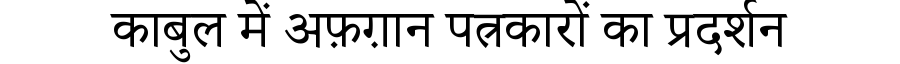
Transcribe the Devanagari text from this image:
काबुल में अफ़ग़ान पत्रकारों का प्रदर्शन